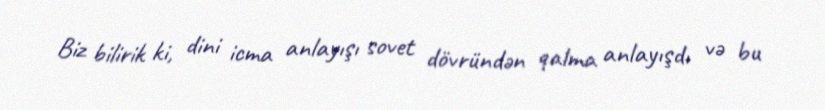
Biz bilirik ki, dini icma anlayışı sovet dövründən qalma anlayışdı və bu